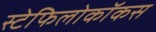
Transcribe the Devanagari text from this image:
स्टेफिलोकॉकस